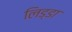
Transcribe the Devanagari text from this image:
लिड्डा